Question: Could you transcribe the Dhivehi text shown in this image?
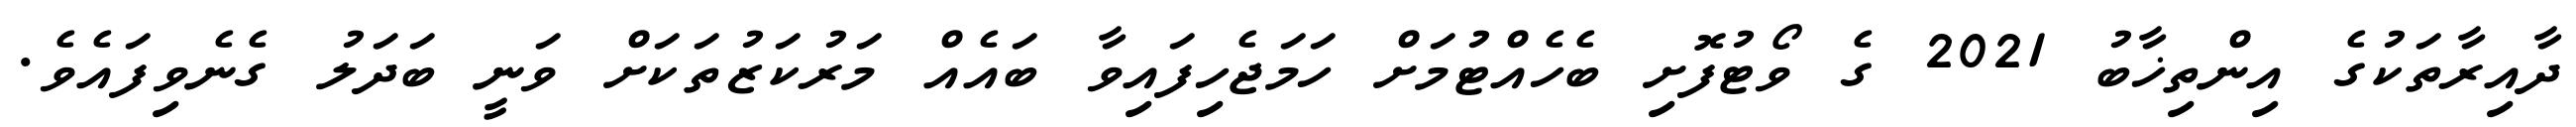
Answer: ދާއިރާތަކުގެ އިންތިޚާބު 2021 ގެ ވޯޓުފޮށި ބެހެއްޓުމަށް ހަމަޖެހިފައިވާ ބައެއް މަރުކަޒުތަކަށް ވަނީ ބަދަލު ގެނެވިފައެވެ.